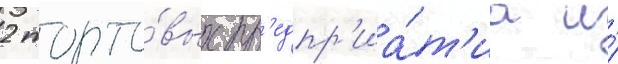
2 торго́вых пр'едпр'иа́т'иа и́